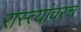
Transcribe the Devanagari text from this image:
रास्त्यांवरच